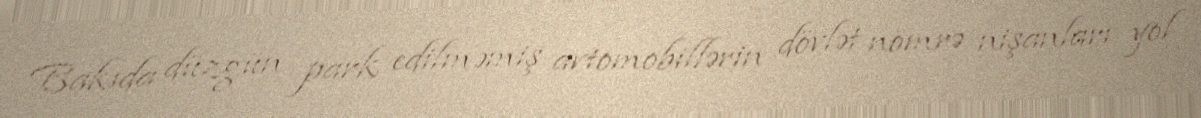
Bakıda düzgün park edilməmiş avtomobillərin dövlət nömrə nişanları yol